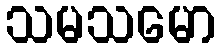
သမသမော